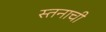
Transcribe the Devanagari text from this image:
स्तनाची